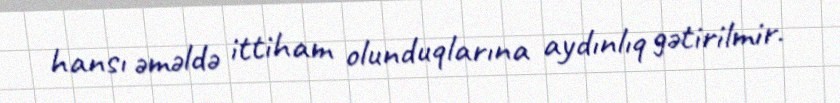
hansı əməldə ittiham olunduqlarına aydınlıq gətirilmir.